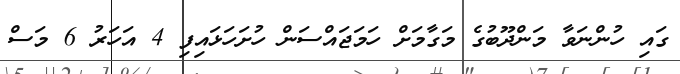
ގައި ހުންނަވާ މަންދޫބުގެ މަގާމަށް ހަމަޖައްސަން ހުށަހަޅައިފި 4 އަހަރު 6 މަސް